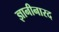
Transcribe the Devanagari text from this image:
ज्ञानीनारद